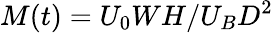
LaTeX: M(t)=U_{0}WH/U_{B}D^{2}